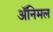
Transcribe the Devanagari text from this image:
ॲनिमल